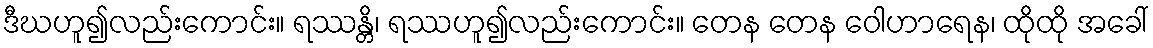
ဒီဃဟူ၍လည်းကောင်း။ ရဿန္တိ၊ ရဿဟူ၍လည်းကောင်း။ တေန တေန ဝေါဟာရေန၊ ထိုထို အခေါ်